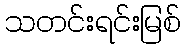
သတင်းရင်းမြစ်